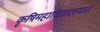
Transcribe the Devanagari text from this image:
कृषिमहाविद्यालयात